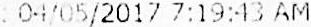
: 04/05/2017 7:19:43 AM